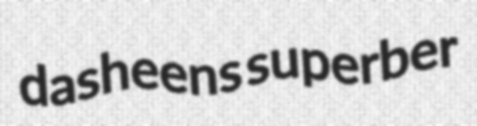
dasheens superber